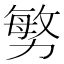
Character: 𭄼